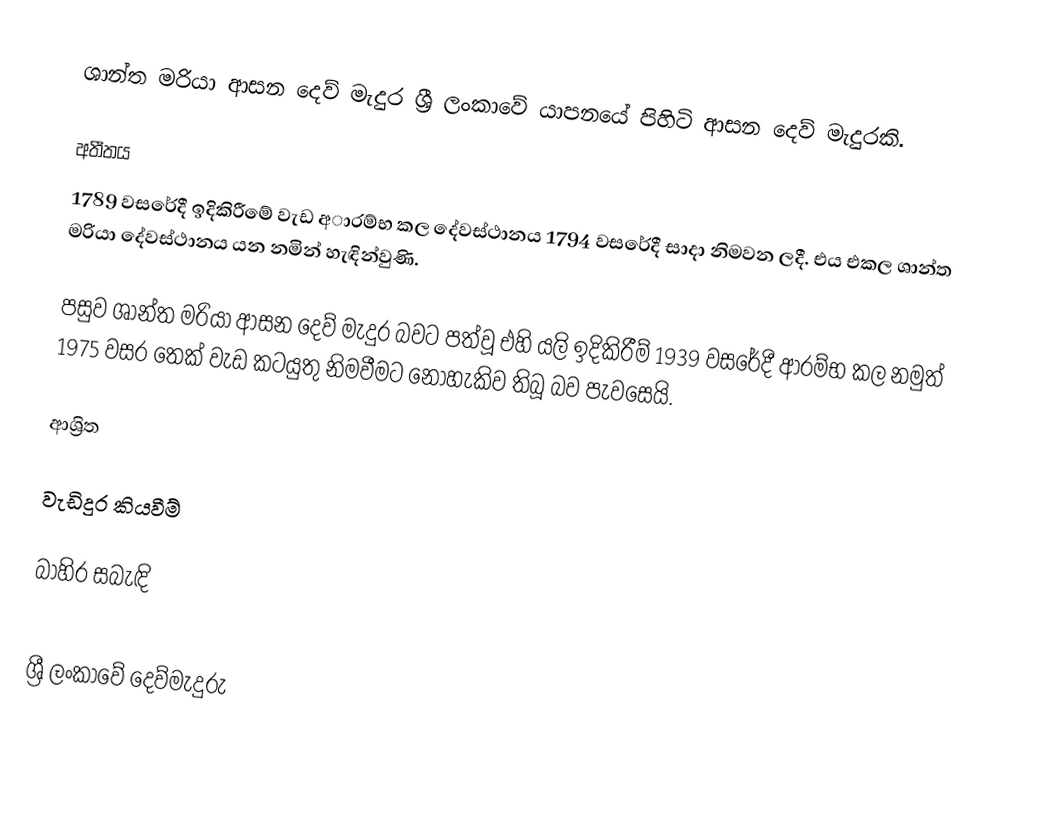
ශාන්ත මරියා ආසන දෙව් මැදුර ශ්‍රී ලංකාවේ යාපනයේ පිහිටි ආසන දෙව් මැදුරකි.

අතීතය
1789 වසරේදී ඉදිකිරීමේ වැඩ අාරම්භ කල දේවස්ථානය 1794 වසරේදී සාදා නිමවන ලදී. එය එකල ශාන්ත මරියා දේවස්ථානය යන නමින් හැඳින්වුණි.

පසුව ශාන්ත මරියා ආසන දෙව් මැදුර බවට පත්වූ එහි යලි ඉදිකිරීම් 1939 වසරේදී ආරම්භ කල නමුත් 1975 වසර තෙක් වැඩ කටයුතු නිමවීමට නොහැකිව තිබූ බව පැවසෙයි.

ආශ්‍රිත

වැඩිදුර කියවීම්

බාහිර සබැඳි

ශ්‍රී ලංකාවේ දෙව්මැදුරු